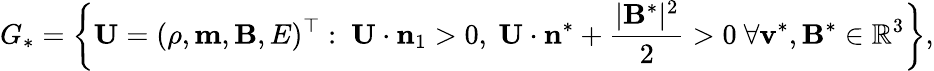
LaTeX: G_{*}=\left\{ \mathbf{U}=(\rho,\mathbf{m},\mathbf{B},E)^{\top}:~\mathbf{U}\cdot\mathbf{n}_{1}>0,~\mathbf{U}\cdot\mathbf{n}^{*}+\frac{|\mathbf{B}^{*}|^{2}}{2}>0~\forall\mathbf{v}^{*},\mathbf{B}^{*}\in\mathbb{R}^{3}\right\} ,